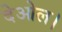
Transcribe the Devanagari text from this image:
देओल।